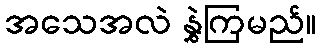
အသေအလဲ နွှဲကြမည်။